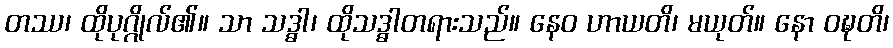
တဿ၊ ထိုပုဂ္ဂိုလ်၏။ သာ သဒ္ဓါ၊ ထိုသဒ္ဓါတရားသည်။ နေဝ ဟာယတိ၊ မယုတ်။ နော ဝဍ္ဎတိ၊